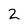
Character: 2